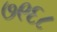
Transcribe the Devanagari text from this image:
७९६८